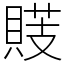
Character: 䝸